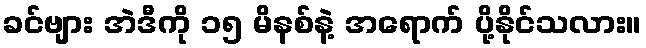
ခင်ဗျား အဲဒီကို ၁၅ မိနစ်နဲ့ အရောက် ပို့နိုင်သလား။